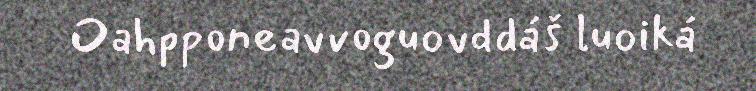
Oahpponeavvoguovddáš luoiká